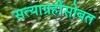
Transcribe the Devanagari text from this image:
सत्याग्रहींसोबत